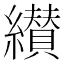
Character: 纉